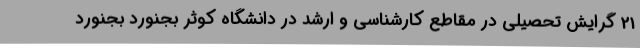
21 گرایش تحصیلی در مقاطع کارشناسی و ارشد در دانشگاه کوثر بجنورد بجنورد